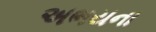
અભયના